Vaccination in Bombay 1924-1928 - 1924-1928
Year: 1924
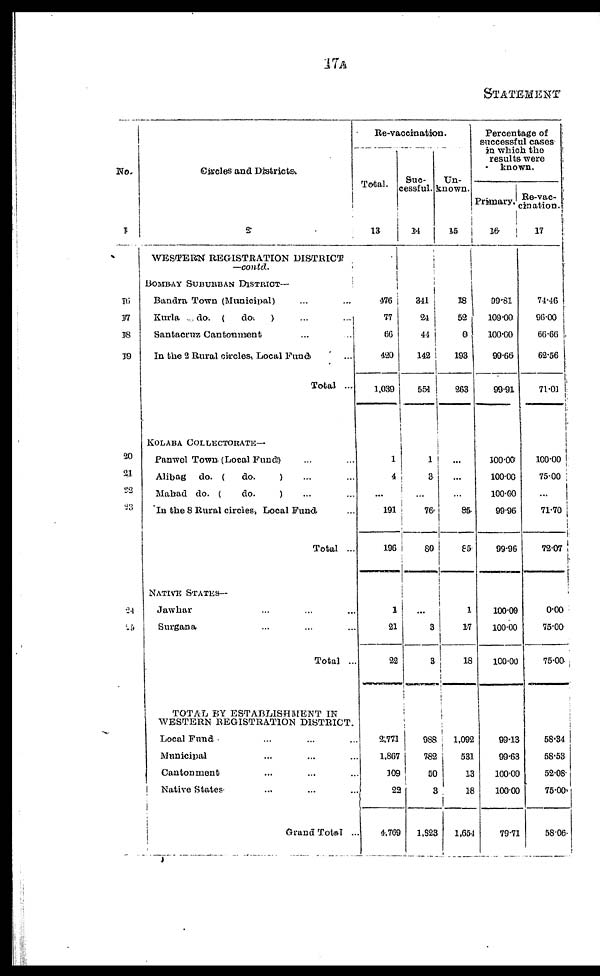
17A
STATEMENT
No.
1
16
17
18
19
20
21
22
23
24
25
Circles and Districts.
2
WESTERN REGISTRATION DISTRICT
—contd.
BOMBAY SUBUHBAN DISTRICT—
Bandra Town (Municipal) ... ...
Kurla
do. (
do.
)
...
...
Santacruz Cantonment ... ...
In the 2 Rural circles, Local Fund ...
Total ...
KOLABA COLLECTORATE—
Panwel Town (Local Fund) ... ...
Alibag do. (
do.
) ... ...
Mahad do. (
do.
) ... ...
In the 8 Rural circles, Local Fund ...
Total ...
NATIVE STATES—
Jawhar ... ...
Surgana ... ...
Total ...
TOTAL BY ESTABLISHMENT IN
WESTERN REGISTRATION DISTRICT.
Local Fund ... ... ...
Municipal ... ... ...
Cantonment ... ... ...
Native
States ... ...
Grand Total ...
Re-vaccination.
Total.
13
476
77
60
420
1,039
1
4
...
191
196
1
21
22
2,771
1,867
109
22
4,769
Suc¬
cessful.
14
341
24
44
142
551
1
3
...
76
80
...
3
3
988
782
50
3
1,823
Un¬
known.
15
18
52
0
193
263
...
...
...
86
85
1
17
18
1,092
531
13
18
1,654
Percentage of
successful cases
in which the
results were
known.
Primary.
16
99.81
100.00
100.00
99.66
99.91
100.00
100.00
100.00
99.96
99.96
100.09
100.00
100.00
99.13
99.63
100.00
100.00
79.71
Re-vac¬
cination.
17
74.46
96.00
66.66 .
62.56
71.01
100.00
75.00
...
71.70
72.07
0.00
75.00
75.00
58.34
58.53
52.08
75.00
58.06